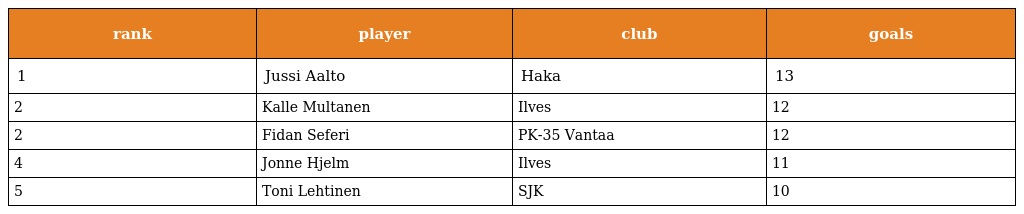
| rank | player | club | goals |
 | --- | --- | --- | --- |
 | 1 | Jussi Aalto | Haka | 13 |
 | 2 | Kalle Multanen | Ilves | 12 |
 | 2 | Fidan Seferi | PK-35 Vantaa | 12 |
 | 4 | Jonne Hjelm | Ilves | 11 |
 | 5 | Toni Lehtinen | SJK | 10 |